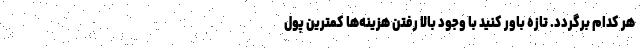
هر کدام برگردد. تازه باور کنید با وجود بالا رفتن هزینه‌ها کمترین پول